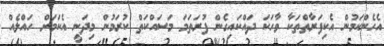
އެހެންކަމުން އެކިފަރާތްތަކާ ވާހަކަ ދައްކައިގެން ފުރަތަމަ މަސައްކަތް ކުރަމުން މިދަނީ އެކަމަށް ހައްލެއް